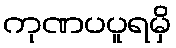
ကုဏပပူရမှိ